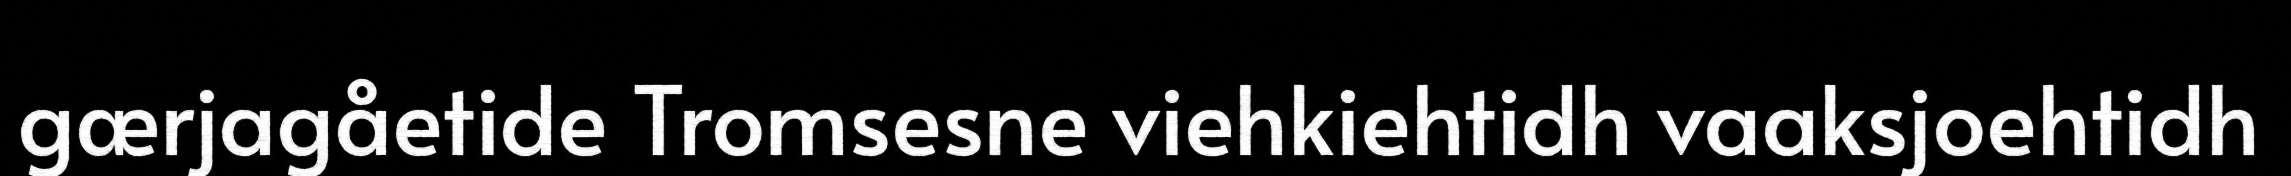
gærjagåetide Tromsesne viehkiehtidh vaaksjoehtidh